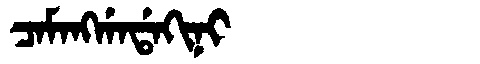
Manchu: ᠴᠠᠮᠠᠩᡤᠠᡩᠠᡴᡳᠨᡳ
Romanization: CAMANGGADAKINI